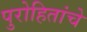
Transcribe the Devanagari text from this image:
पुरोहितांचे